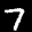
Label: 7